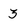
Character: 3